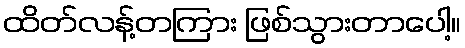
ထိတ်လန့်တကြား ဖြစ်သွားတာပေါ့။